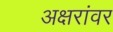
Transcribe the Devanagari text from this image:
अक्षरांवर